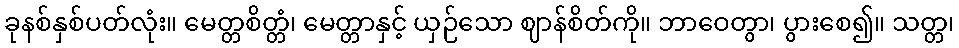
ခုနစ်နှစ်ပတ်လုံး။ မေတ္တစိတ္တံ၊ မေတ္တာနှင့် ယှဉ်သော ဈာန်စိတ်ကို။ ဘာဝေတွာ၊ ပွားစေ၍။ သတ္တ၊